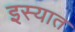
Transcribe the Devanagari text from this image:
इस्यात